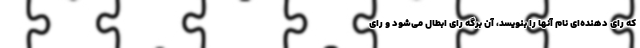
که رای دهنده‌ای نام آنها را بنویسد، آن برگه رای ابطال می‌شود و رای